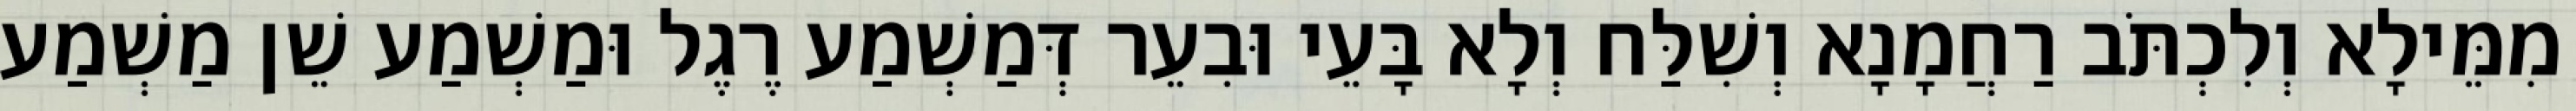
מִמֵּילָא וְלִכְתֹּב רַחֲמָנָא וְשִׁלַּח וְלָא בָּעֵי וּבִעֵר דְּמַשְׁמַע רֶגֶל וּמַשְׁמַע שֵׁן מַשְׁמַע